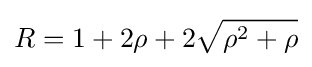
R=1+2\rho +2{\sqrt {\rho ^{2}+\rho }}